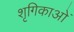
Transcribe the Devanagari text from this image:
शृगिकाओं